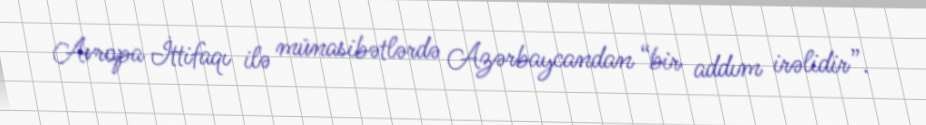
Avropa İttifaqı ilə münasibətlərdə Azərbaycandan “bir addım irəlidir”.